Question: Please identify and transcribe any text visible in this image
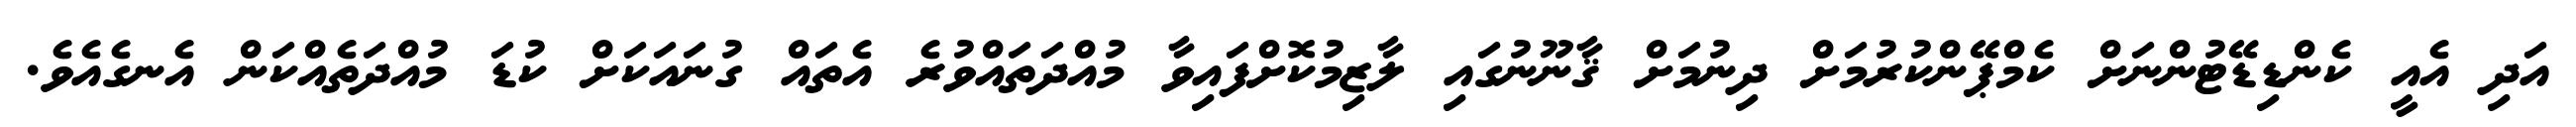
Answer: އަދި އެއީ ކެންޑިޑޭޓުންނަށް ކެމްޕޭންކުރުމަށް ދިނުމަށް ޤާނޫނުގައި ލާޒިމުކޮށްފައިވާ މުއްދަތައްވުރެ އެތައް ގުނައަކަށް ކުޑަ މުއްދަތެއްކަން އެނގެއެވެ.